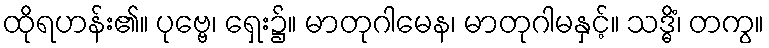
ထိုရဟန်း၏။ ပုဗ္ဗေ၊ ရှေး၌။ မာတုဂါမေန၊ မာတုဂါမနှင့်။ သဒ္ဓိံ၊ တကွ။